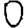
Digit: 0